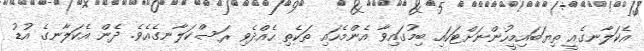
އެކަލާނގެއީ ތިޔަބައިމީހުންނަށްޓަކައި ބިމުގައިވާ އެންމެހައި ތަކެތި ހެއްދެވި ރަސްކަލާނގެއެވެ. ދެން އެކަލާނގެ އުޑު